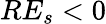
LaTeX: RE_{s}<0